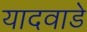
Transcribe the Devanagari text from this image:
यादवाडे